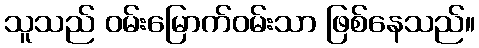
သူသည် ဝမ်းမြောက်ဝမ်းသာ ဖြစ်နေသည်။